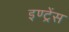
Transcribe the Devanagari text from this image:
इण्ट्रेंस